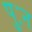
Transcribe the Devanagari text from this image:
पुःन